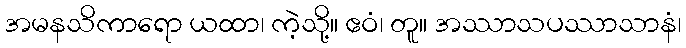
အမနသိကာရော ယထာ၊ ကဲ့သို့။ ဧဝံ၊ တူ။ အဿာသပဿာသာနံ၊